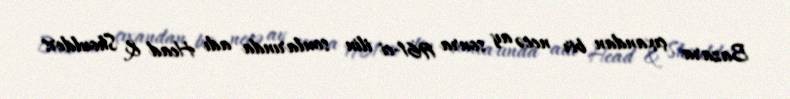
Bazara çıxandan bir necə ay sonra 1961-ci ilin sonlarında adı Head & Shoulders